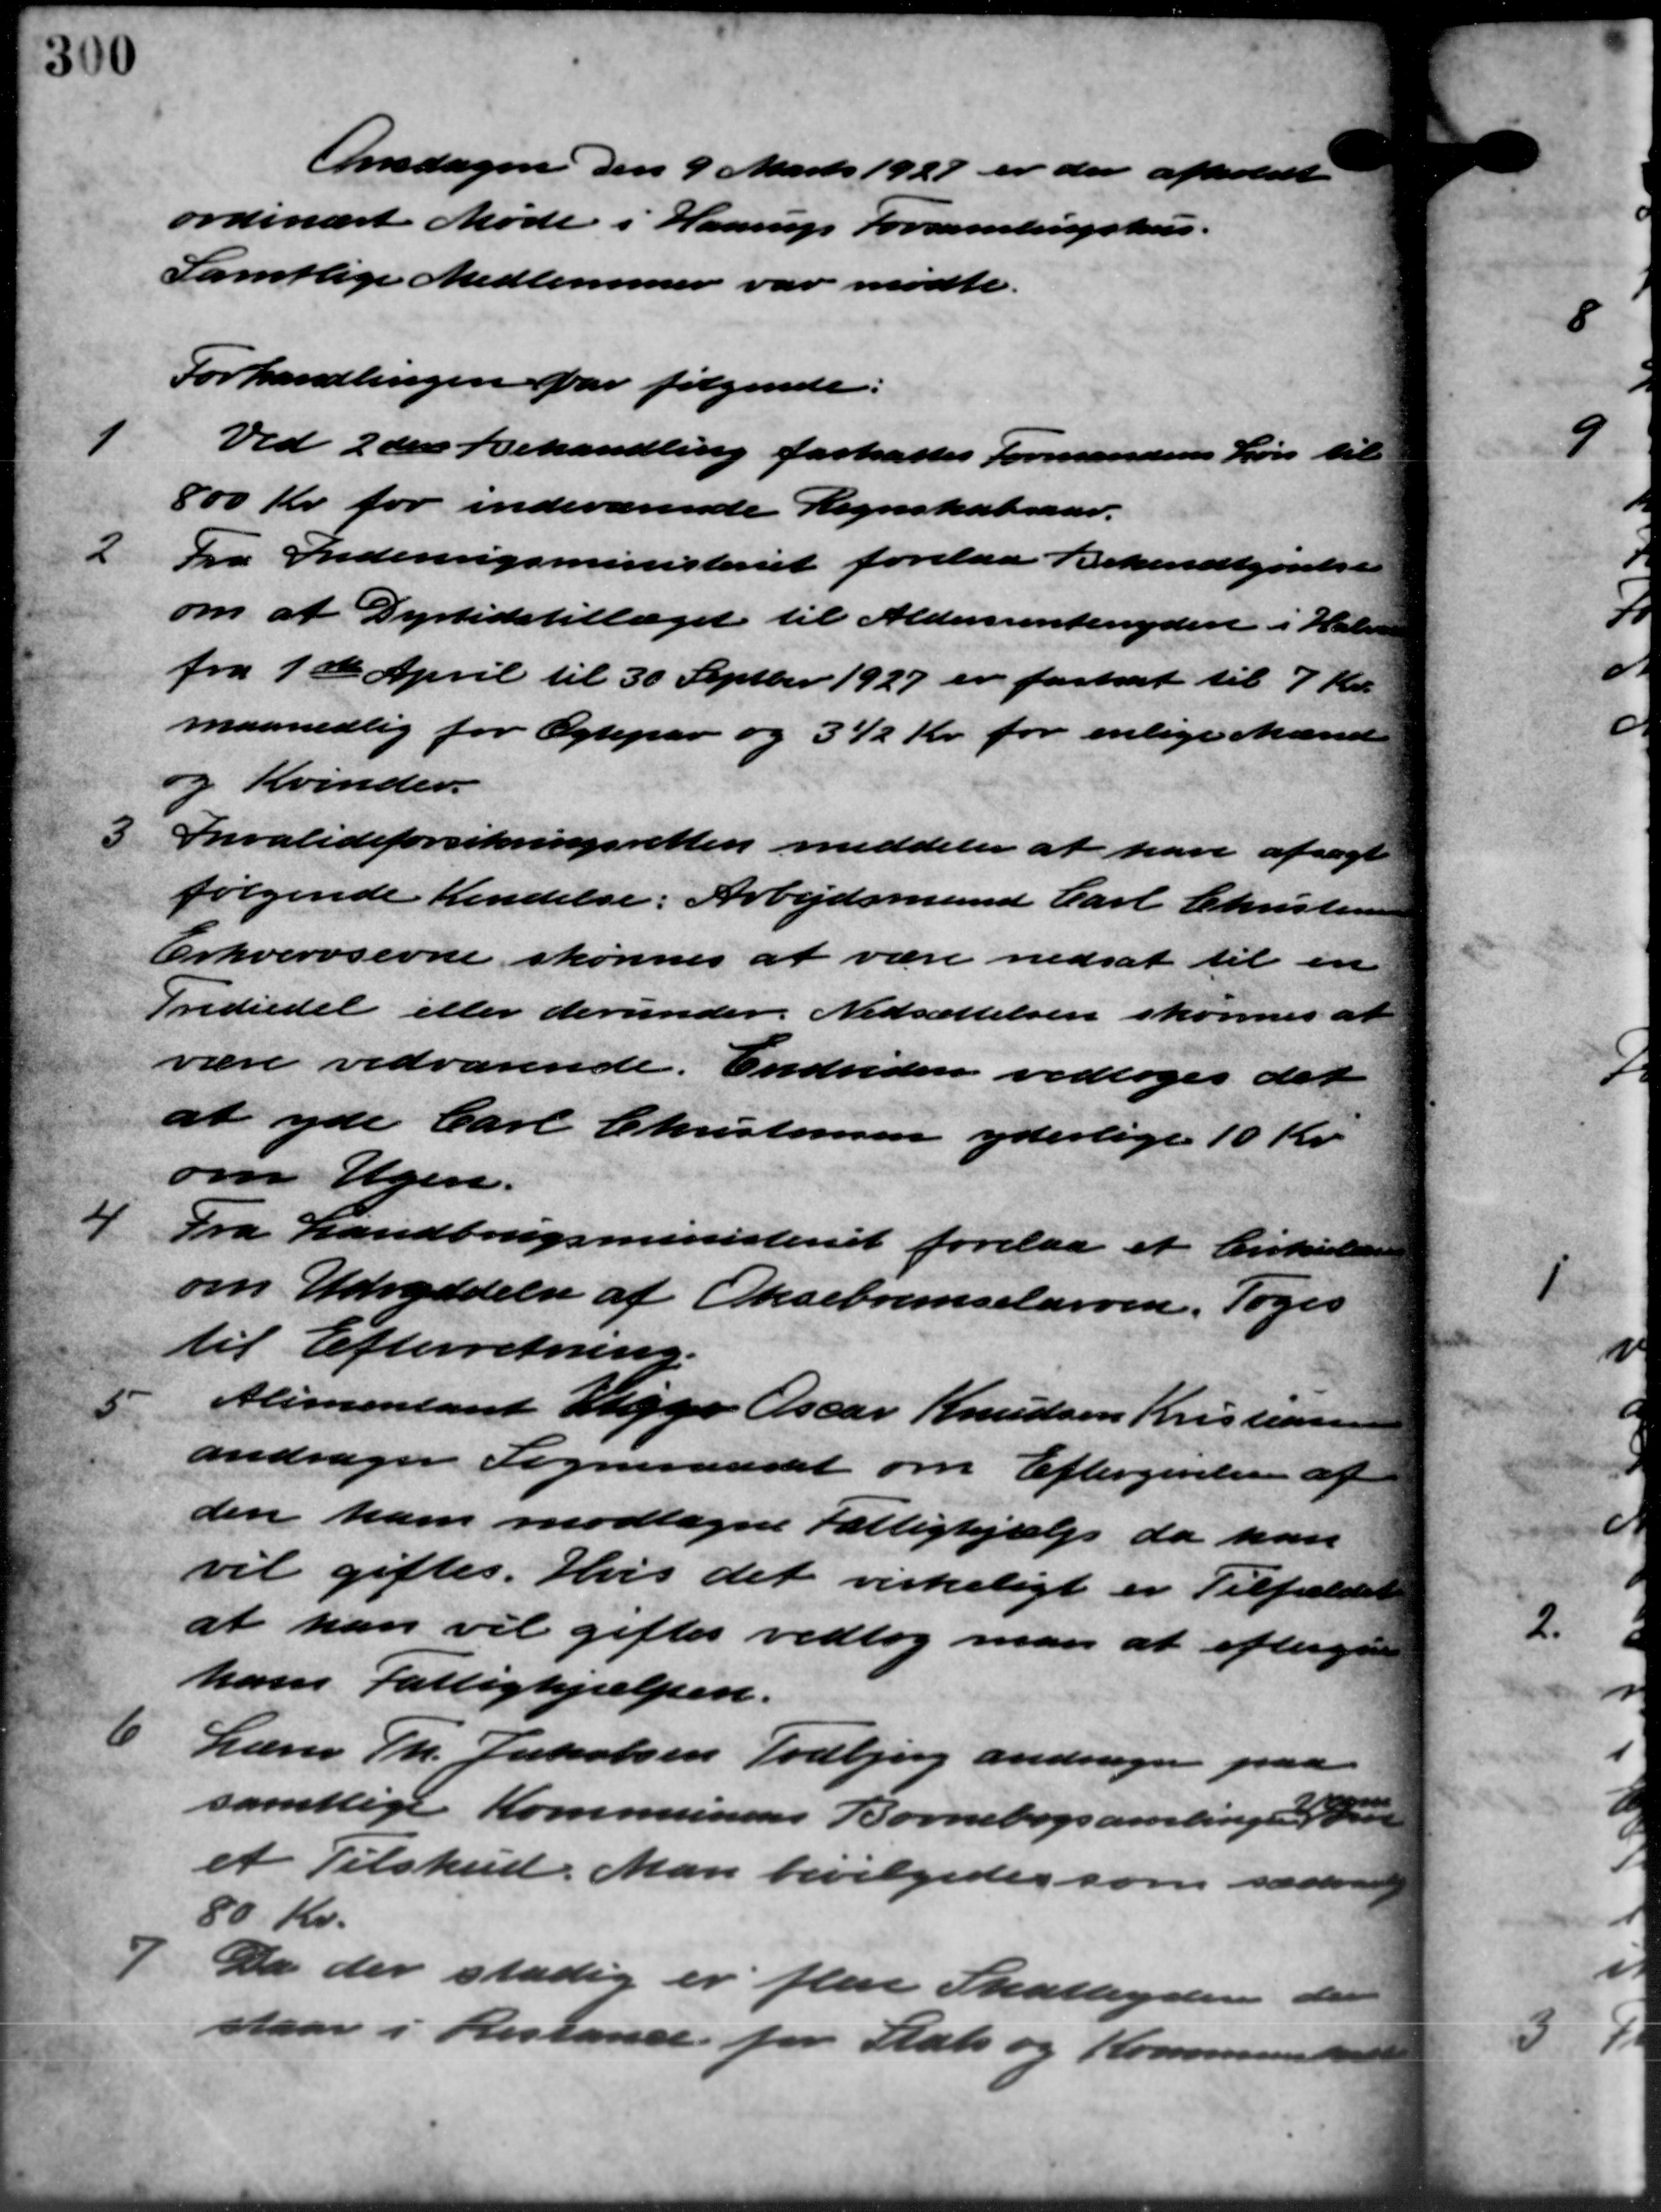
Transskription:
Onsdagen den 9 Marts 1927 er der afholdt
ordinært Møde i Haarup Forsamlingshus.
Samtlige Medlemmer var mødte.
Forhandlingen for følgende:
1
Ved 2den Behandling fastsattes Formandens Løn til
800 Kr. for indeværende Regnskabsaar.
2
Da Indenrigsministeriet forelaa Bekendtgørelse
om at Dyrtidstillæget til Aldersrentenydere i Halm
fra 1ste April til 30 Septbr 1927 er fastsat til 7 Kr.
maanedlig for Ægtepar og 32 Kr. for enlige Mænd
og Kvinder.
3
Invalideforsikringsretten meddeler at han afsagt
følgende Kendelse: Arbejdsmand Carl Christensen
Erhvervsevne skønnes at være nedsat til en
Trediedel eller derunder Nedsættelsen skønnes at
være vedrørende. Endvidere vedtoges det
at yde Carl Christensen yderlige 10 Kr.
om Ugen.
4
Fra Landbrugsministeriet forelaa et Cirkulære
om Udryddelse af Oksebremselarven. Toges
til Efterretning.
5
Alimentant Viggo Oscar Knudsen Kristiansen
andrager Sogneraadet om Eftergivelse af
den ham modtagne Fattighjælp da han
vil giftes. Hvis det virkeligt er Tilfældet
at han vil gifter vedtog man at eftergive
ham Fattighjælpen.
6
Lærer Th. Jakobsen Todbjerg andrager paa
samtlige Kommunens Børnebogsamlinge a
et Tilskud. Man bevilgedes som sædvan
80 Kr.
7 Da der stadig er flere Skatteydere der
7 Da der stadig er flere Skatteydere der
sar i Restance for Stats og Kommunen